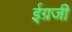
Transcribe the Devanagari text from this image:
ईग्रजी